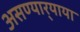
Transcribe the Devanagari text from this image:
असण्यार्‍याया